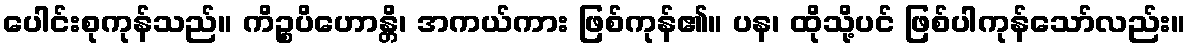
ပေါင်းစုကုန်သည်။ ကိဉ္စပိဟောန္တိ၊ အကယ်ကား ဖြစ်ကုန်၏။ ပန၊ ထိုသို့ပင် ဖြစ်ပါကုန်သော်လည်း။